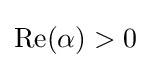
\operatorname {Re} (\alpha )>0